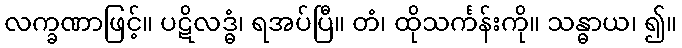
လက္ခဏာဖြင့်။ ပဋိလဒ္ဓံ၊ ရအပ်ပြီ။ တံ၊ ထိုသင်္ကန်းကို။ သန္ဓာယ၊ ၍။